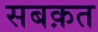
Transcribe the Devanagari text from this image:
सबक़त